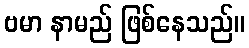
ဗမာ နာမည် ဖြစ်နေသည်။